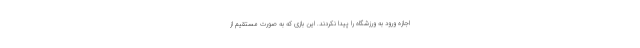
اجازه ورود به ورزشگاه را پیدا نکردند. این بازی که به صورت مستقیم از